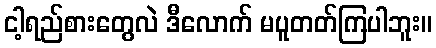
ငါ့ရည်စားတွေလဲ ဒီလောက် မပူတတ်ကြပါဘူး။